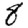
Digit: 8